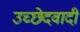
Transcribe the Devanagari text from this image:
उच्छेदवादी